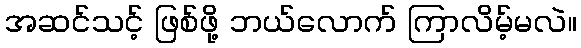
အဆင်သင့် ဖြစ်ဖို့ ဘယ်လောက် ကြာလိမ့်မလဲ။